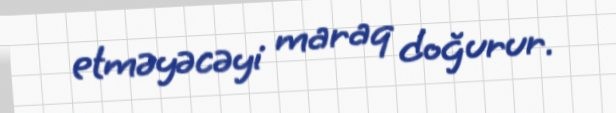
etməyəcəyi maraq doğurur.